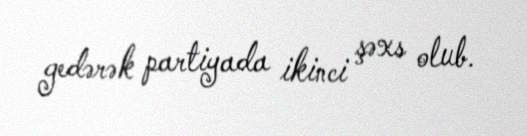
gedərək partiyada ikinci şəxs olub.